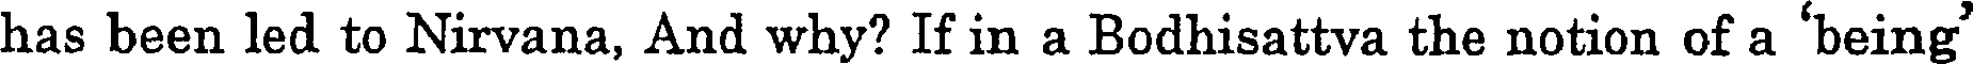
has been led to Nirvana, And why? If in a Bodhisattva the notion of a 'being'